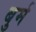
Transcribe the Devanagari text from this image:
बुर्म